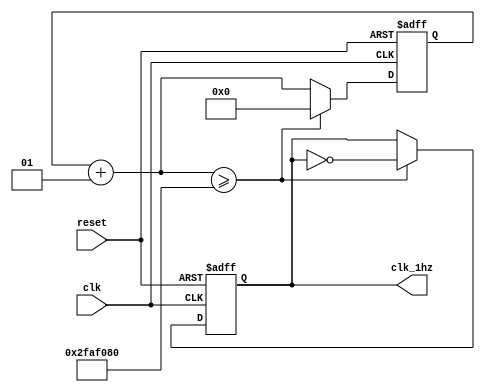
`timescale 1ns / 1ps
//////////////////////////////////////////////////////////////////////////////////
// Company: 
// Engineer: 
// 
// Design Name: 
// Module Name: clk_1hz
// Project Name: 
// Target Devices: 
// Tool Versions: 
// Description: 
// 
// Dependencies: 
// 
// Revision:
// Revision 0.01 - File Created
// Additional Comments:
// 
//////////////////////////////////////////////////////////////////////////////////


module clk_1hz(
    clk,
    reset,
    clk_1hz
    );
    input reset, clk;
    output reg clk_1hz;
    integer s_count = 0;
    always@(posedge clk or negedge reset)begin
        if(!reset)begin
            clk_1hz <= 0;
            s_count <= 0;
        end else begin
            s_count = s_count + 1;
            if(s_count >= 50000000)begin //50000000
                s_count = 0;
                clk_1hz <= ~clk_1hz;
            end
        end
    end
endmodule